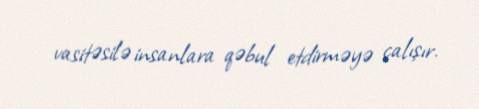
vasitəsilə insanlara qəbul etdirməyə çalışır.